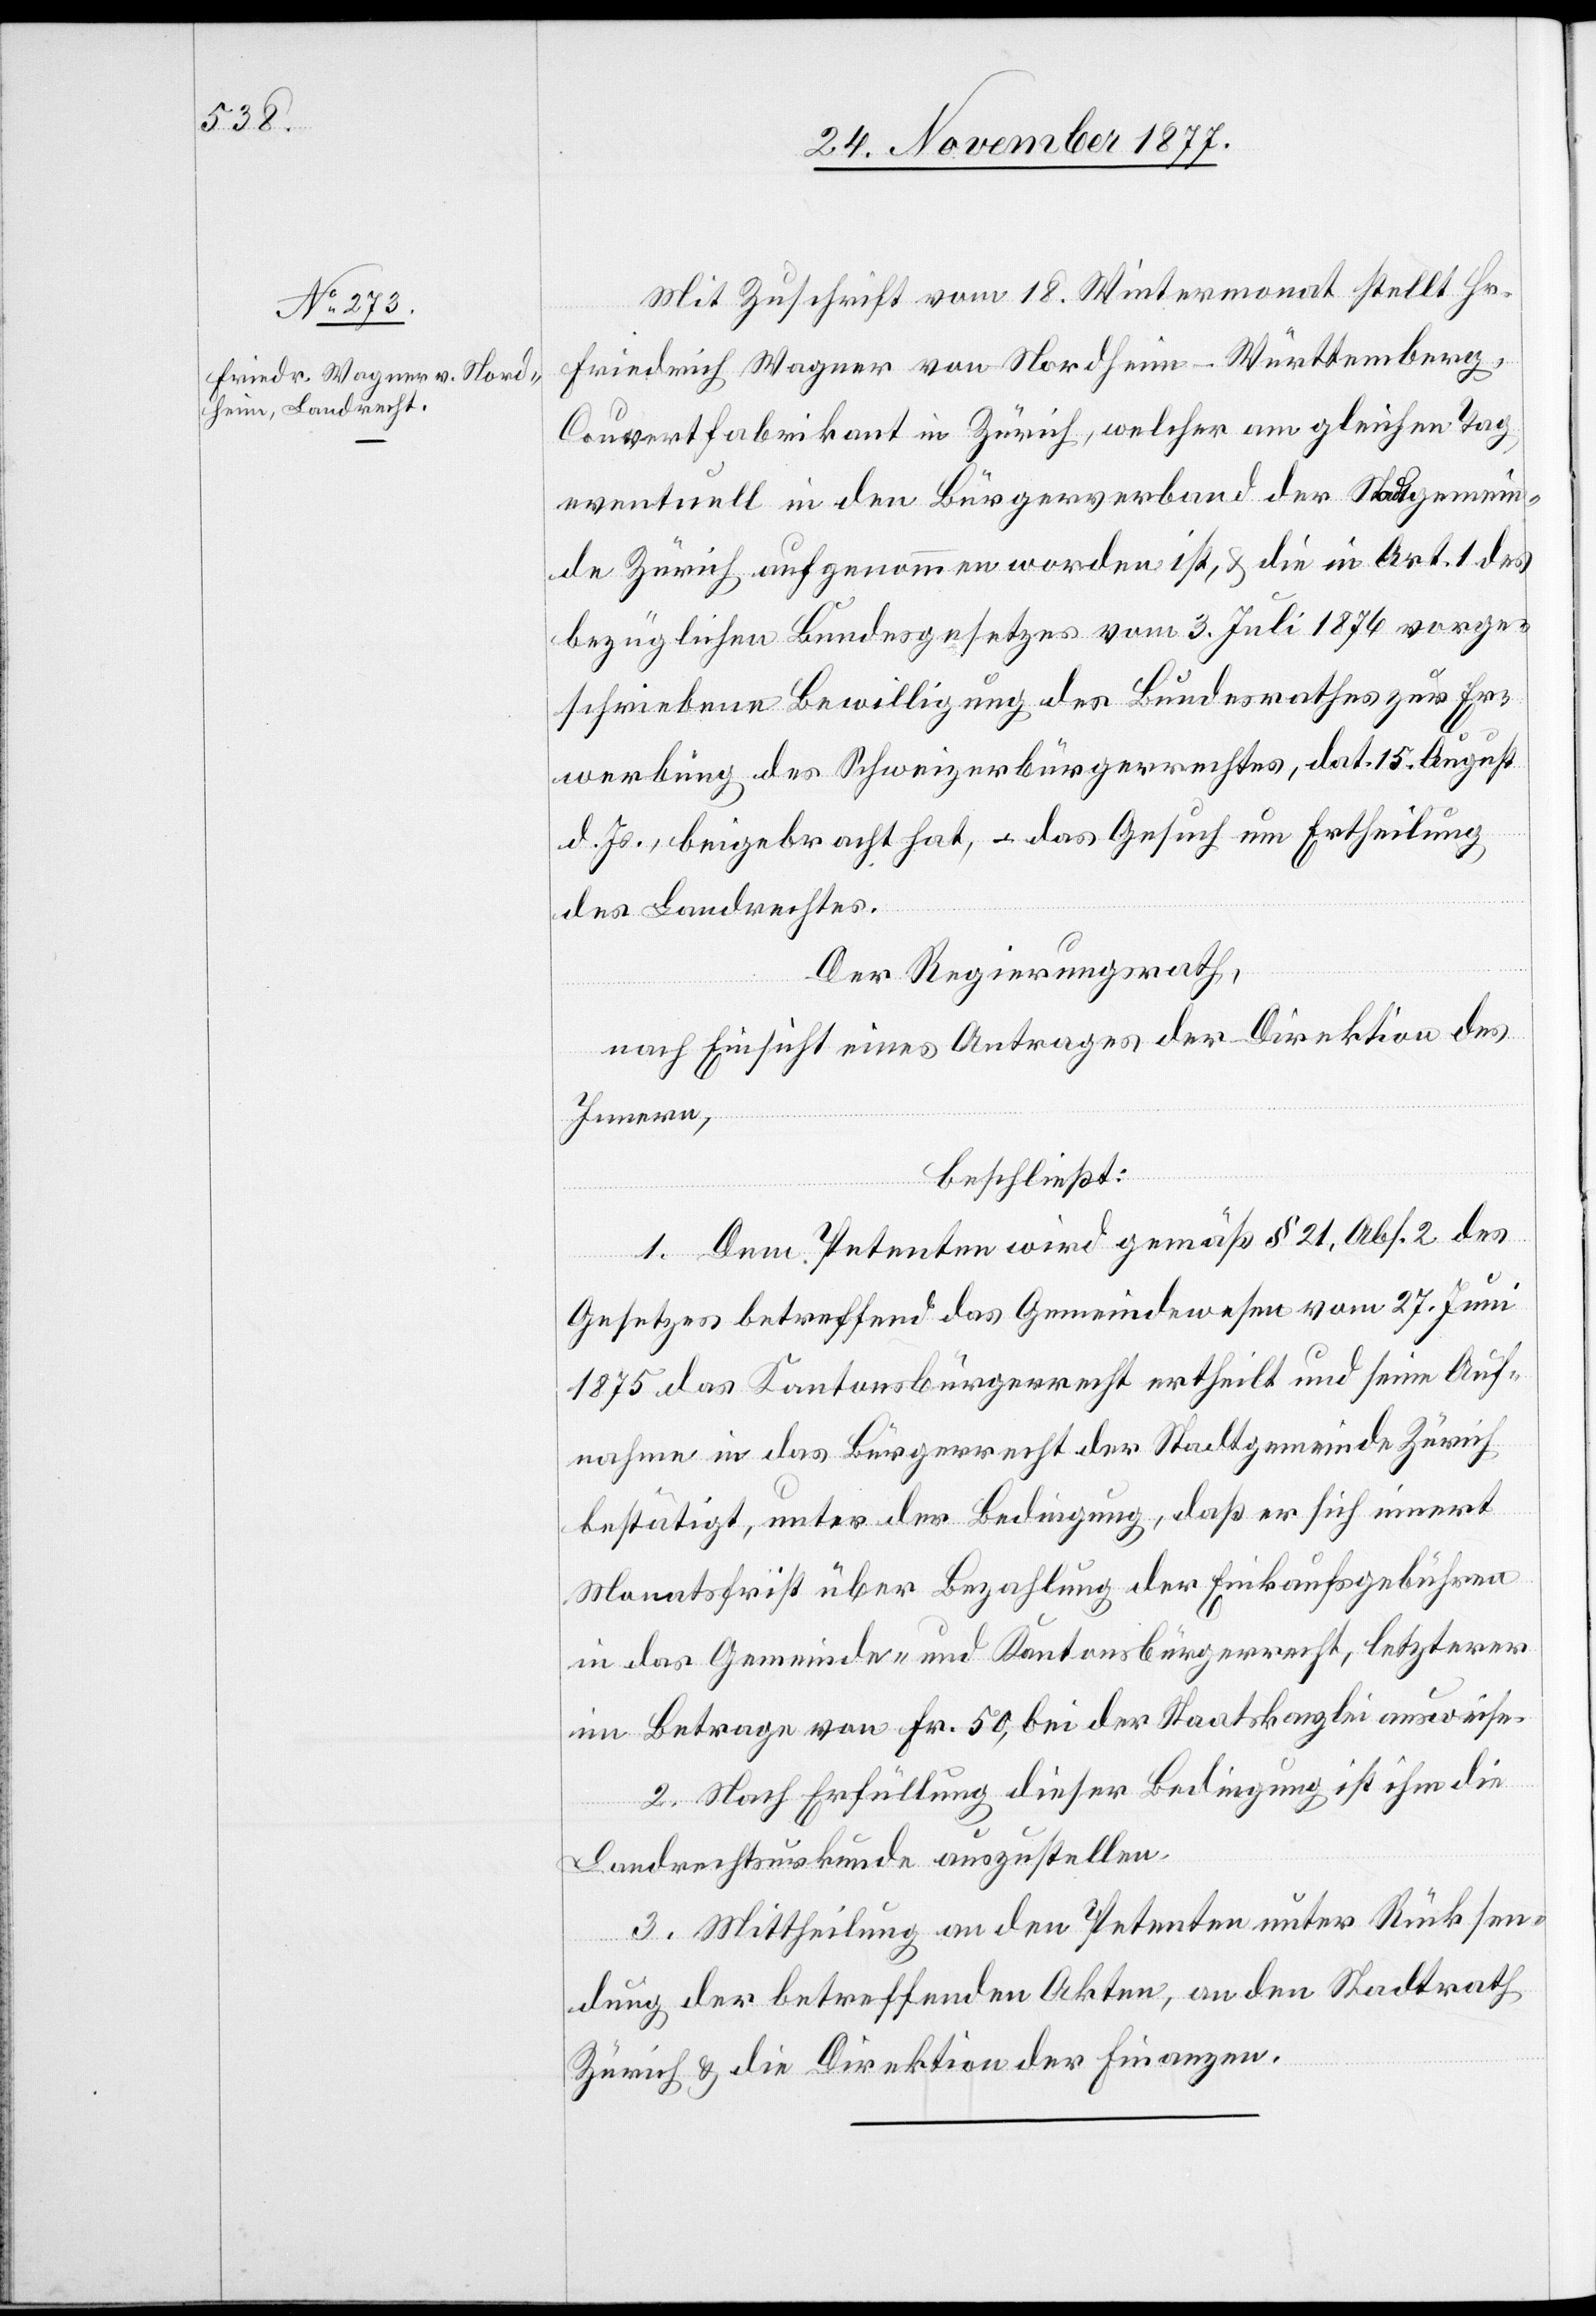
Mit Zuschrift vom 18. Wintermonat stellt Hr.
Friedrich Wagner von Nordheim - Württemberg,
Couvertfabrikant in Zürich, welcher am gleichen Tag
eventuell in den Bürgerverband der Stadtgemein¬
de Zürich aufgenommen worden ist, & die in Art. 1 des
bezüglichen Bundesgesetzes vom 3. Juli 1876 vorge¬
schriebene Bewilligung des Bundesrathes zur Er¬
werbung des Schweizerbürgerrechtes, dat. 15. August
d. Js., beigebracht hat, – das Gesuch um Ertheilung
des Landrechtes.
Der Regierungsrath,
nach Einsicht eines Antrages der Direktion des
Innern,
beschließt:
1. Dem Petenten wird gemäß § 21, Abs. 2 des
Gesetzes betreffend das Gemeindewesen vom 27. Juni
1875 das Kantonsbürgerrecht ertheilt und seine Auf¬
nahme in das Bürgerrecht der Stadtgemeinde Zürich
bestätigt, unter der Bedingung, daß er sich innert
Monatsfrist über Bezahlung der Einkaufsgebühren
in das Gemeinde- und Kantonsbürgerrecht, letzterer
im Betrage von Fr. 50, bei der Staatskanzlei ausweise.
2. Nach Erfüllung dieser Bedingung ist ihm die
Landrechtsurkunde auszustellen.
3. Mittheilung an den Petenten unter Rücksen¬
dung der betreffenden Akten, an den Stadtrath
Zürich & die Direktion der Finanzen.